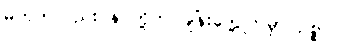
မဟုတ်လည်း နင်တို့က ချိန်းတွေ့ကြမှာပဲဥစ္စာ။